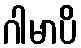
ဂါမာပိ